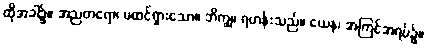
ထိုအခါ၌။ အညတရော၊ မထင်ရှားသော။ ဘိက္ခု၊ ရဟန်းသည်။ ယေန၊ အကြင်အရပ်၌။